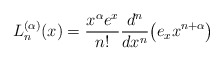
\begin{gather*}L_n^{(\alpha)}(x)=\frac{x^{\alpha} e^x}{n!} \frac{d^n}{dx^n}\big( e_x x^{n+\alpha} \big)\end{gather*}